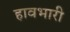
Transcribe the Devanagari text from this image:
हावभारी